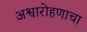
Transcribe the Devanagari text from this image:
अश्वारोहणाचा